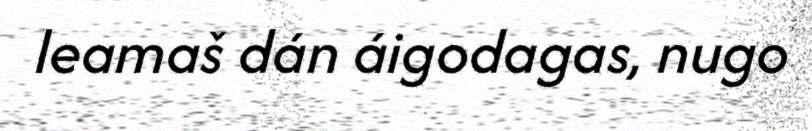
leamaš dán áigodagas, nugo